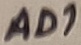
Text: AD1